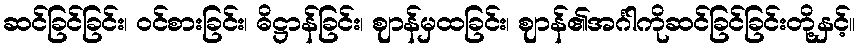
ဆင်ခြင်ခြင်း၊ ဝင်စားခြင်း၊ ဓိဋ္ဌာန်ခြင်း၊ ဈာန်မှထခြင်း၊ ဈာန်၏အင်္ဂါကိုဆင်ခြင်ခြင်းတို့နှင့်။